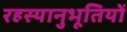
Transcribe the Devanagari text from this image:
रहस्यानुभूतियों